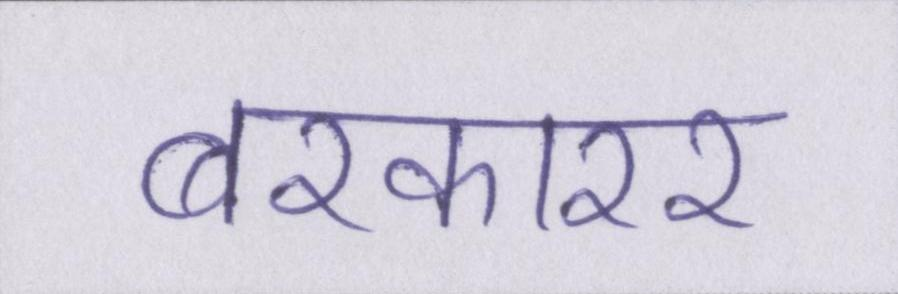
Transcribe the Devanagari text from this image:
बरकारर